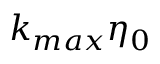
k _ { m a x } \eta _ { 0 }